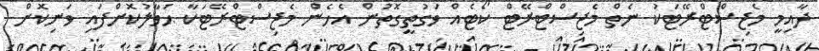
ދާއިމީ މެޖިސްޓްރޭޓަކު ނެތް މެޖިސްޓްރޭޓް ކޯޓެއް ވަގުތީގޮތުން އެހެން މެޖިސްޓްރޭޓަކާ ޙަވާލުކޮށްފައި ވަނިކޮށް